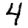
Digit: 4